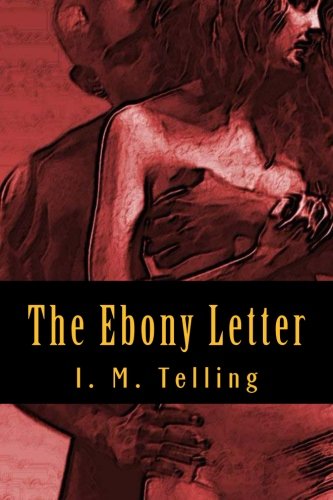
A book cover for The Ebony Letter; I. M. Telling; Romance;